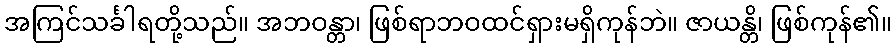
အကြင်သင်္ခါရတို့သည်။ အဘဝန္တာ၊ ဖြစ်ရာဘဝထင်ရှားမရှိကုန်ဘဲ။ ဇာယန္တိ၊ ဖြစ်ကုန်၏။